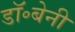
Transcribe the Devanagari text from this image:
डॉ॰बेनी